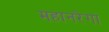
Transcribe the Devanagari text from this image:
महानरेगा